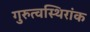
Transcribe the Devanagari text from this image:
गुरुत्वस्थिरांक